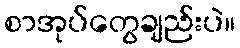
စာအုပ်တွေချည်းပဲ။